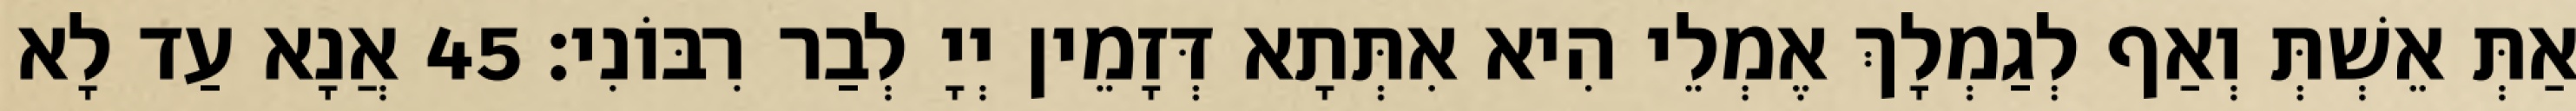
אַתְּ אֵשְׁתְּ וְאַף לְגַמְלָךְ אֶמְלֵי הִיא אִתְּתָא דְּזָמֵין יְיָ לְבַר רִבּוֹנִי׃ 45 אֲנָא עַד לָא